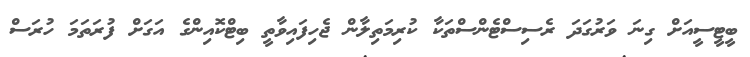
ބީޓީސީއަށް ގިނަ ވަރުގަދަ ރެސިސްޓެންސްތަކާ ކުރިމަތިލާން ޖެހިފައިވާތީ ބިޓްކޮއިންގެ އަގަށް ފުރަތަމަ ހުރަސް